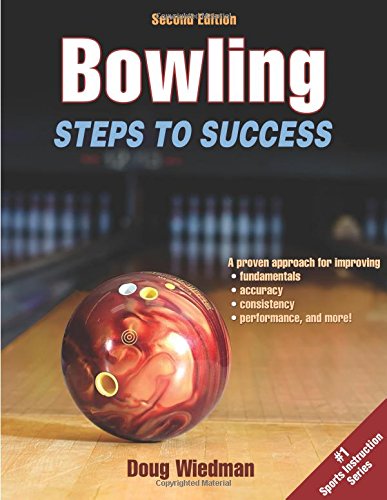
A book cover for Bowling 2nd Edition: Steps to Success; Douglas Wiedman; Sports & Outdoors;